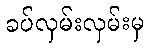
ခပ်လှမ်းလှမ်းမှ